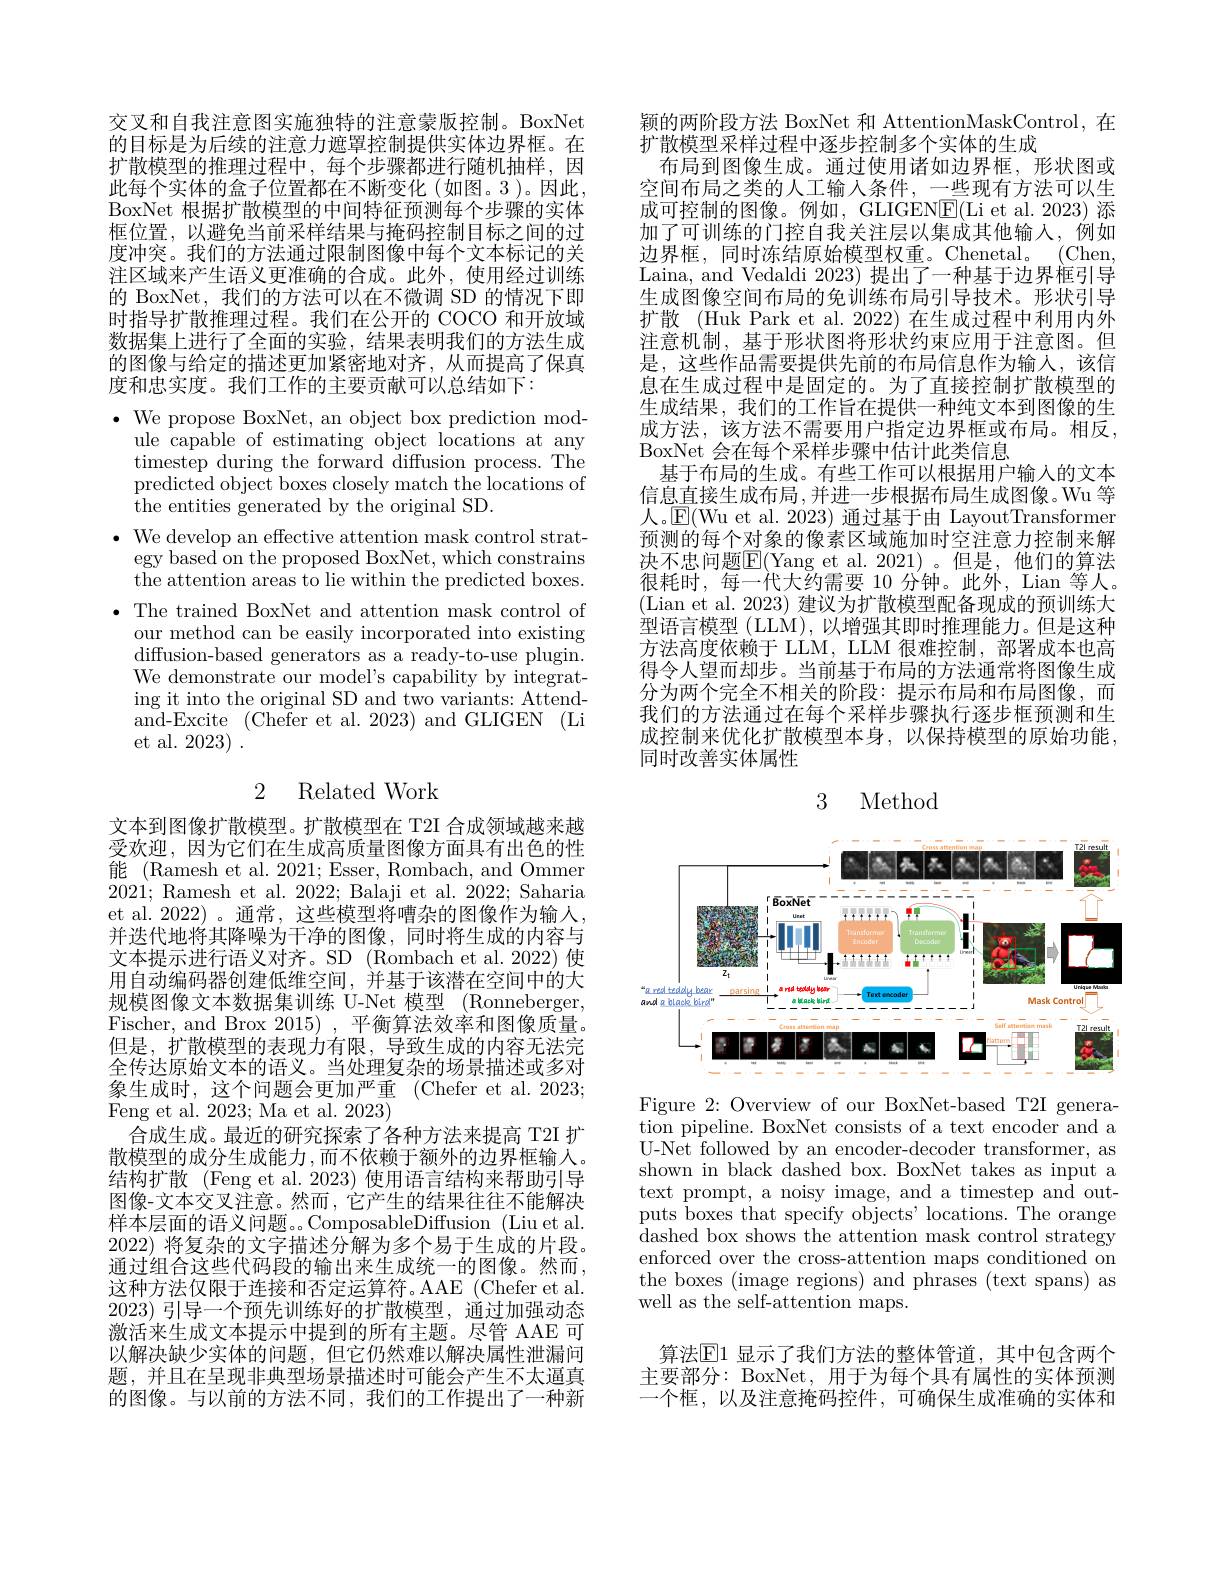
交叉和自我注意图实施独特的注意蒙版控制。BoxNet 的目标是为后续的注意力遮罩控制提供实体边界框。在扩散模型的推理过程中，每个步骤都进行随机抽样，因此每个实体的盒子位置都在不断变化(如图。3)。因此， BoxNet 根据扩散模型的中间特征预测每个步骤的实体框位置，以避免当前采样结果与掩码控制目标之间的过度冲突。我们的方法通过限制图像中每个文本标记的关注区域来产生语义更准确的合成。此外，使用经过训练的 BoxNet, 我们的方法可以在不微调 SD 的情况下即时指导扩散推理过程。我们在公开的 COCO 和开放域数据集上进行了全面的实验，结果表明我们的方法生成的图像与给定的描述更加紧密地对齐，从而提高了保真度和忠实度。我们工作的主要贡献可以总结如下：

$\bullet$ We propose BoxNet, an object box prediction module capable of estimating object locations at any timestep during the forward diffusion process. The $\bar{\text{predicted object boxes closely match the locations of}}$ the entities generated by the original SD.
$\bullet$ We develop an effective attention mask control strat-
egy based on the proposed BoxNet, which constrains the attention areas to lie within the predicted boxes.
$\bullet$ The trained BoxNet and attention mask control of
our method can be easily incorporated into existing diffusion-based generators as a ready-to-use plugin. We demonstrate our model's capability by integrating it into the original SD and two variants: Attendand-Excite (Chefer et al. 2023) and GLIGEN (Li et al. 2023) .

# 2 Related Work

文本到图像扩散模型。扩散模型在 T2I 合成领域越来越受欢迎，因为它们在生成高质量图像方面具有出色的性能 (Ramesh et al. 2021; Esser, Rombach, and Ommer 2021; Ramesh et al. 2022; Balaji et al. 2022; Saharia et al. 2022)。通常，这些模型将嘈杂的图像作为输人， 并迭代地将其降噪为干净的图像，同时将生成的内容与文本提示进行语义对齐。SD (Rombach et al.2022) 使用自动编码器创建低维空间，并基于该潜在空间中的大规模图像文本数据集训练 U-Net 模型 (Ronneberger, Fischer, and Brox 2015),平衡算法效率和图像质量。但是，扩散模型的表现力有限，导致生成的内容无法完全传达原始文本的语义。当处理复杂的场景描述或多对象生成时，这个问题会更加严重(Chefer et al. 2023; Feng et al. 2023; Ma et al. 2023)
合成生成。最近的研究探索了各种方法来提高 T2I 扩散模型的成分生成能力 ,而不依赖于额外的边界框输人。结构扩散 (Feng et al. 2023) 使用语言结构来帮助引导图像-文本交叉注意。然而，它产生的结果往往不能解决样本层面的语义问题。ComposableDiffusion (Liu et al. 2022)将复杂的文字描述分解为多个易于生成的片段。通过组合这些代码段的输出来生成统一的图像。然而， 这种方法仅限于连接和否定运算符。AAE (Chefer et al. 2023)引导一个预先训练好的扩散模型，通过加强动态激活来生成文本提示中提到的所有主题。尽管 AAE 可以解决缺少实体的问题，但它仍然难以解决属性泄漏问题，并且在呈现非典型场景描述时可能会产生不太逼真的图像。与以前的方法不同，我们的工作提出了一种新

颖的两阶段方法 BoxNet 和 AttentionMaskControl, 在
扩散模型采样过程中逐步控制多个实体的生成
布局到图像生成。通过使用诸如边界框，形状图或空间布局之类的人工输入条件，一些现有方法可以生成可控制的图像。例如，GLIGEN$\underline{\mathrm{F}}($Li et al.2023) 添加了可训练的门控自我关注层以集成其他输入，例如边界框，同时冻结原始模型权重。Chenetal。(Chen, Laina, and Vedaldi 2023) 提出了一种基于边界框引导生成图像空间布局的免训练布局引导技术。形状引导扩散 (Huk Park et al. 2022) 在生成过程中利用内外注意机制，基于形状图将形状约束应用于注意图。但是，这些作品需要提供先前的布局信息作为输人，该信息在生成过程中是固定的。为了直接控制扩散模型的生成结果，我们的工作旨在提供一种纯文本到图像的生成方法，该方法不需要用户指定边界框或布局。相反， BoxNet 会在每个采样步骤中估计此类信息
基于布局的生成。有些工作可以根据用户输入的文本信息直接生成布局，并进一步根据布局生成图像。Wu 等人。$\mathbb{E}($Wu et al. 2023) 通过基于由 LayoutTransformer 预测的每个对象的像素区域施加时空注意力控制来解决不忠问题$\overline{\mathrm{E}}($Yang et al.2021)。但是，他们的算法很耗时，每一代大约需要 10 分钟。此外，Lian 等人。(Lian et al. 2023) 建议为扩散模型配备现成的预训练大型语言模型 (LLM), 以增强其即时推理能力。但是这种方法高度依赖于 LLM, LLM 很难控制，部署成本也高得令人望而却步。当前基于布局的方法通常将图像生成分为两个完全不相关的阶段：提示布局和布局图像，而我们的方法通过在每个采样步骤执行逐步框预测和生成控制来优化扩散模型本身，以保持模型的原始功能， 同时改善实体属性

3 Method

<FigureHere>

Figure 2: Overview of our BoxNet-based T2I generation pipeline. BoxNet consists of a text encoder and a U-Net followed by an encoder-decoder transformer, as shown in black dashed box. BoxNet takes as input a text prompt, a noisy image, and a timestep and outputs boxes that specify objects' locations. The orange ${\mathrm{dashed~box~shows~the~attention~mask~control~strategy}}$ enforced over the cross-attention maps conditioned on the boxes $(\operatorname*$regions) and phrases (text spans) as well as the self-attention maps.

算法$\mathbb{E}1$ 显示了我们方法的整体管道，其中包含两个主要部分：BoxNet, 用于为每个具有属性的实体预测一个框，以及注意掩码控件，可确保生成准确的实体和